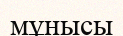
мұнысы